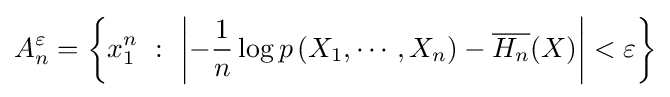
A_{n}^{\varepsilon }=\left\{x_{1}^{n}\ :\ \left|-{\frac {1}{n}}\log p\left(X_{1},\cdots ,X_{n}\right)-{\overline {H_{n}}}(X)\right|<\varepsilon \right\}